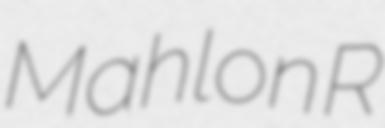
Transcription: Mahlon R